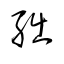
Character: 朏